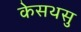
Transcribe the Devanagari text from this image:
केसथसु